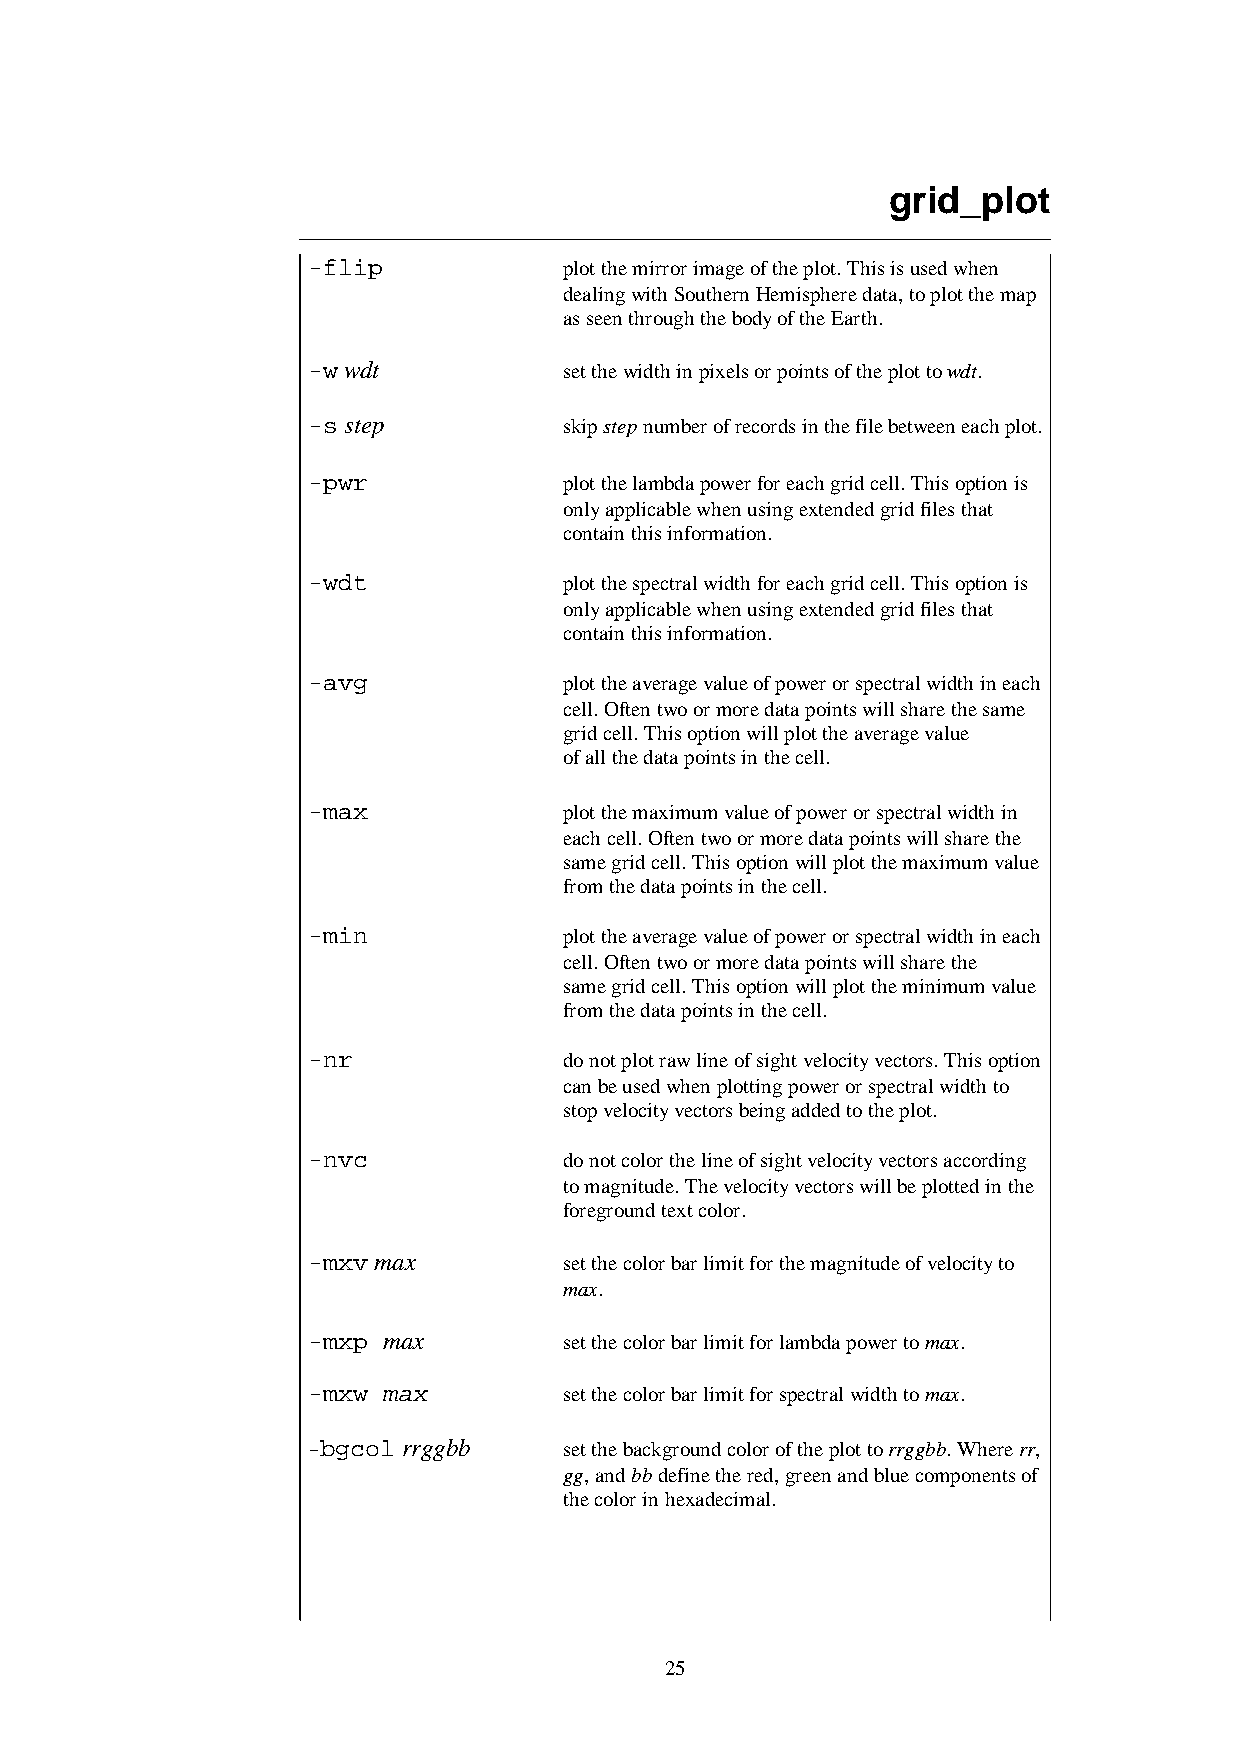
grid_plot
 -flip            plot the mirror image of the plot. This is used when
 dealing with Southern Hemisphere data, to plot the map
 as seen through the body of the Earth.
 -w wdt           set the width in pixels or points of the plot to wdt.
 -s step          skip step number of records in the file between each plot.
 -pwr             plot the lambda power for each grid cell. This option is
 only applicable when using extended grid files that
 contain this information.
 -wdt             plot the spectral width for each grid cell. This option is
 only applicable when using extended grid files that
 contain this information.
 -avg             plot the average value of power or spectral width in each
 cell. Often two or more data points will share the same
 grid cell. This option will plot the average value
 of all the data points in the cell.
 -max             plot the maximum value of power or spectral width in
 each cell. Often two or more data points will share the
 same grid cell. This option will plot the maximum value
 from the data points in the cell.
 -min             plot the average value of power or spectral width in each
 cell. Often two or more data points will share the
 same grid cell. This option will plot the minimum value
 from the data points in the cell.
 -nr              do not plot raw line of sight velocity vectors. This option
 can be used when plotting power or spectral width to
 stop velocity vectors being added to the plot.
 -nvc             do not color the line of sight velocity vectors according
 to magnitude. The velocity vectors will be plotted in the
 foreground text color.
 -mxv max         set the color bar limit for the magnitude of velocity to
 max.
 -mxp max         set the color bar limit for lambda power to max.
 -mxw max         set the color bar limit for spectral width to max.
 -bgcol rrggbb    set the background color of the plot to rrggbb. Where rr,
 gg, and bb define the red, green and blue components of
 the color in hexadecimal.
 25